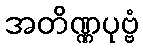
အတိဏ္ဏပုဗ္ဗံ